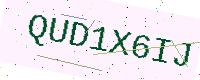
Text: QUD1X6IJ